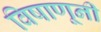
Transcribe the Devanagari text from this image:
विषाणूनी